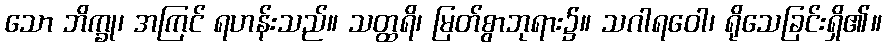
သော ဘိက္ခု၊ အကြင် ရဟန်းသည်။ သတ္ထရိ၊ မြတ်စွာဘုရား၌။ သဂါရဝေါ၊ ရိုသေခြင်းရှိ၏။